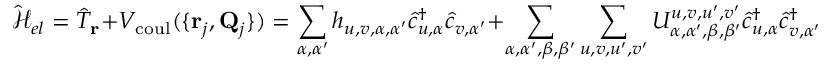
\mathcal { \hat { H } } _ { e l } = \hat { T } _ { \bf r } + V _ { \mathrm { c o u l } } ( \{ { { \bf r } _ { j } , { \bf Q } _ { j } } \} ) = \sum _ { \alpha , \alpha ^ { \prime } } h _ { u , v , \alpha , \alpha ^ { \prime } } \hat { c } _ { u , \alpha } ^ { \dagger } \hat { c } _ { v , \alpha ^ { \prime } } + \sum _ { \alpha , \alpha ^ { \prime } , \beta , \beta ^ { \prime } } \sum _ { u , v , u ^ { \prime } , v ^ { \prime } } U _ { \alpha , \alpha ^ { \prime } , \beta , \beta ^ { \prime } } ^ { u , v , u ^ { \prime } , v ^ { \prime } } \hat { c } _ { u , \alpha } ^ { \dagger } \hat { c } _ { v , \alpha ^ { \prime } } ^ { \dagger } \hat { c } _ { u ^ { \prime } , \beta } \hat { c } _ { v ^ { \prime } , \beta ^ { \prime } }